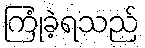
ကြုံခဲ့ရသည်